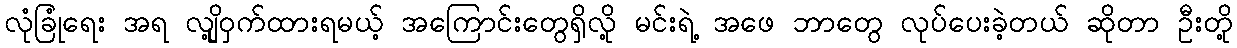
လုံခြုံရေး အရ လျို့ဝှက်ထားရမယ့် အကြောင်းတွေရှိလို့ မင်းရဲ့ အဖေ ဘာတွေ လုပ်ပေးခဲ့တယ် ဆိုတာ ဦးတို့